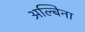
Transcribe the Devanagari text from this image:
अल्बिना